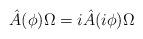
LaTeX: \begin{align*}\hat A(\phi)\Omega=i\hat A(i\phi)\Omega\end{align*}